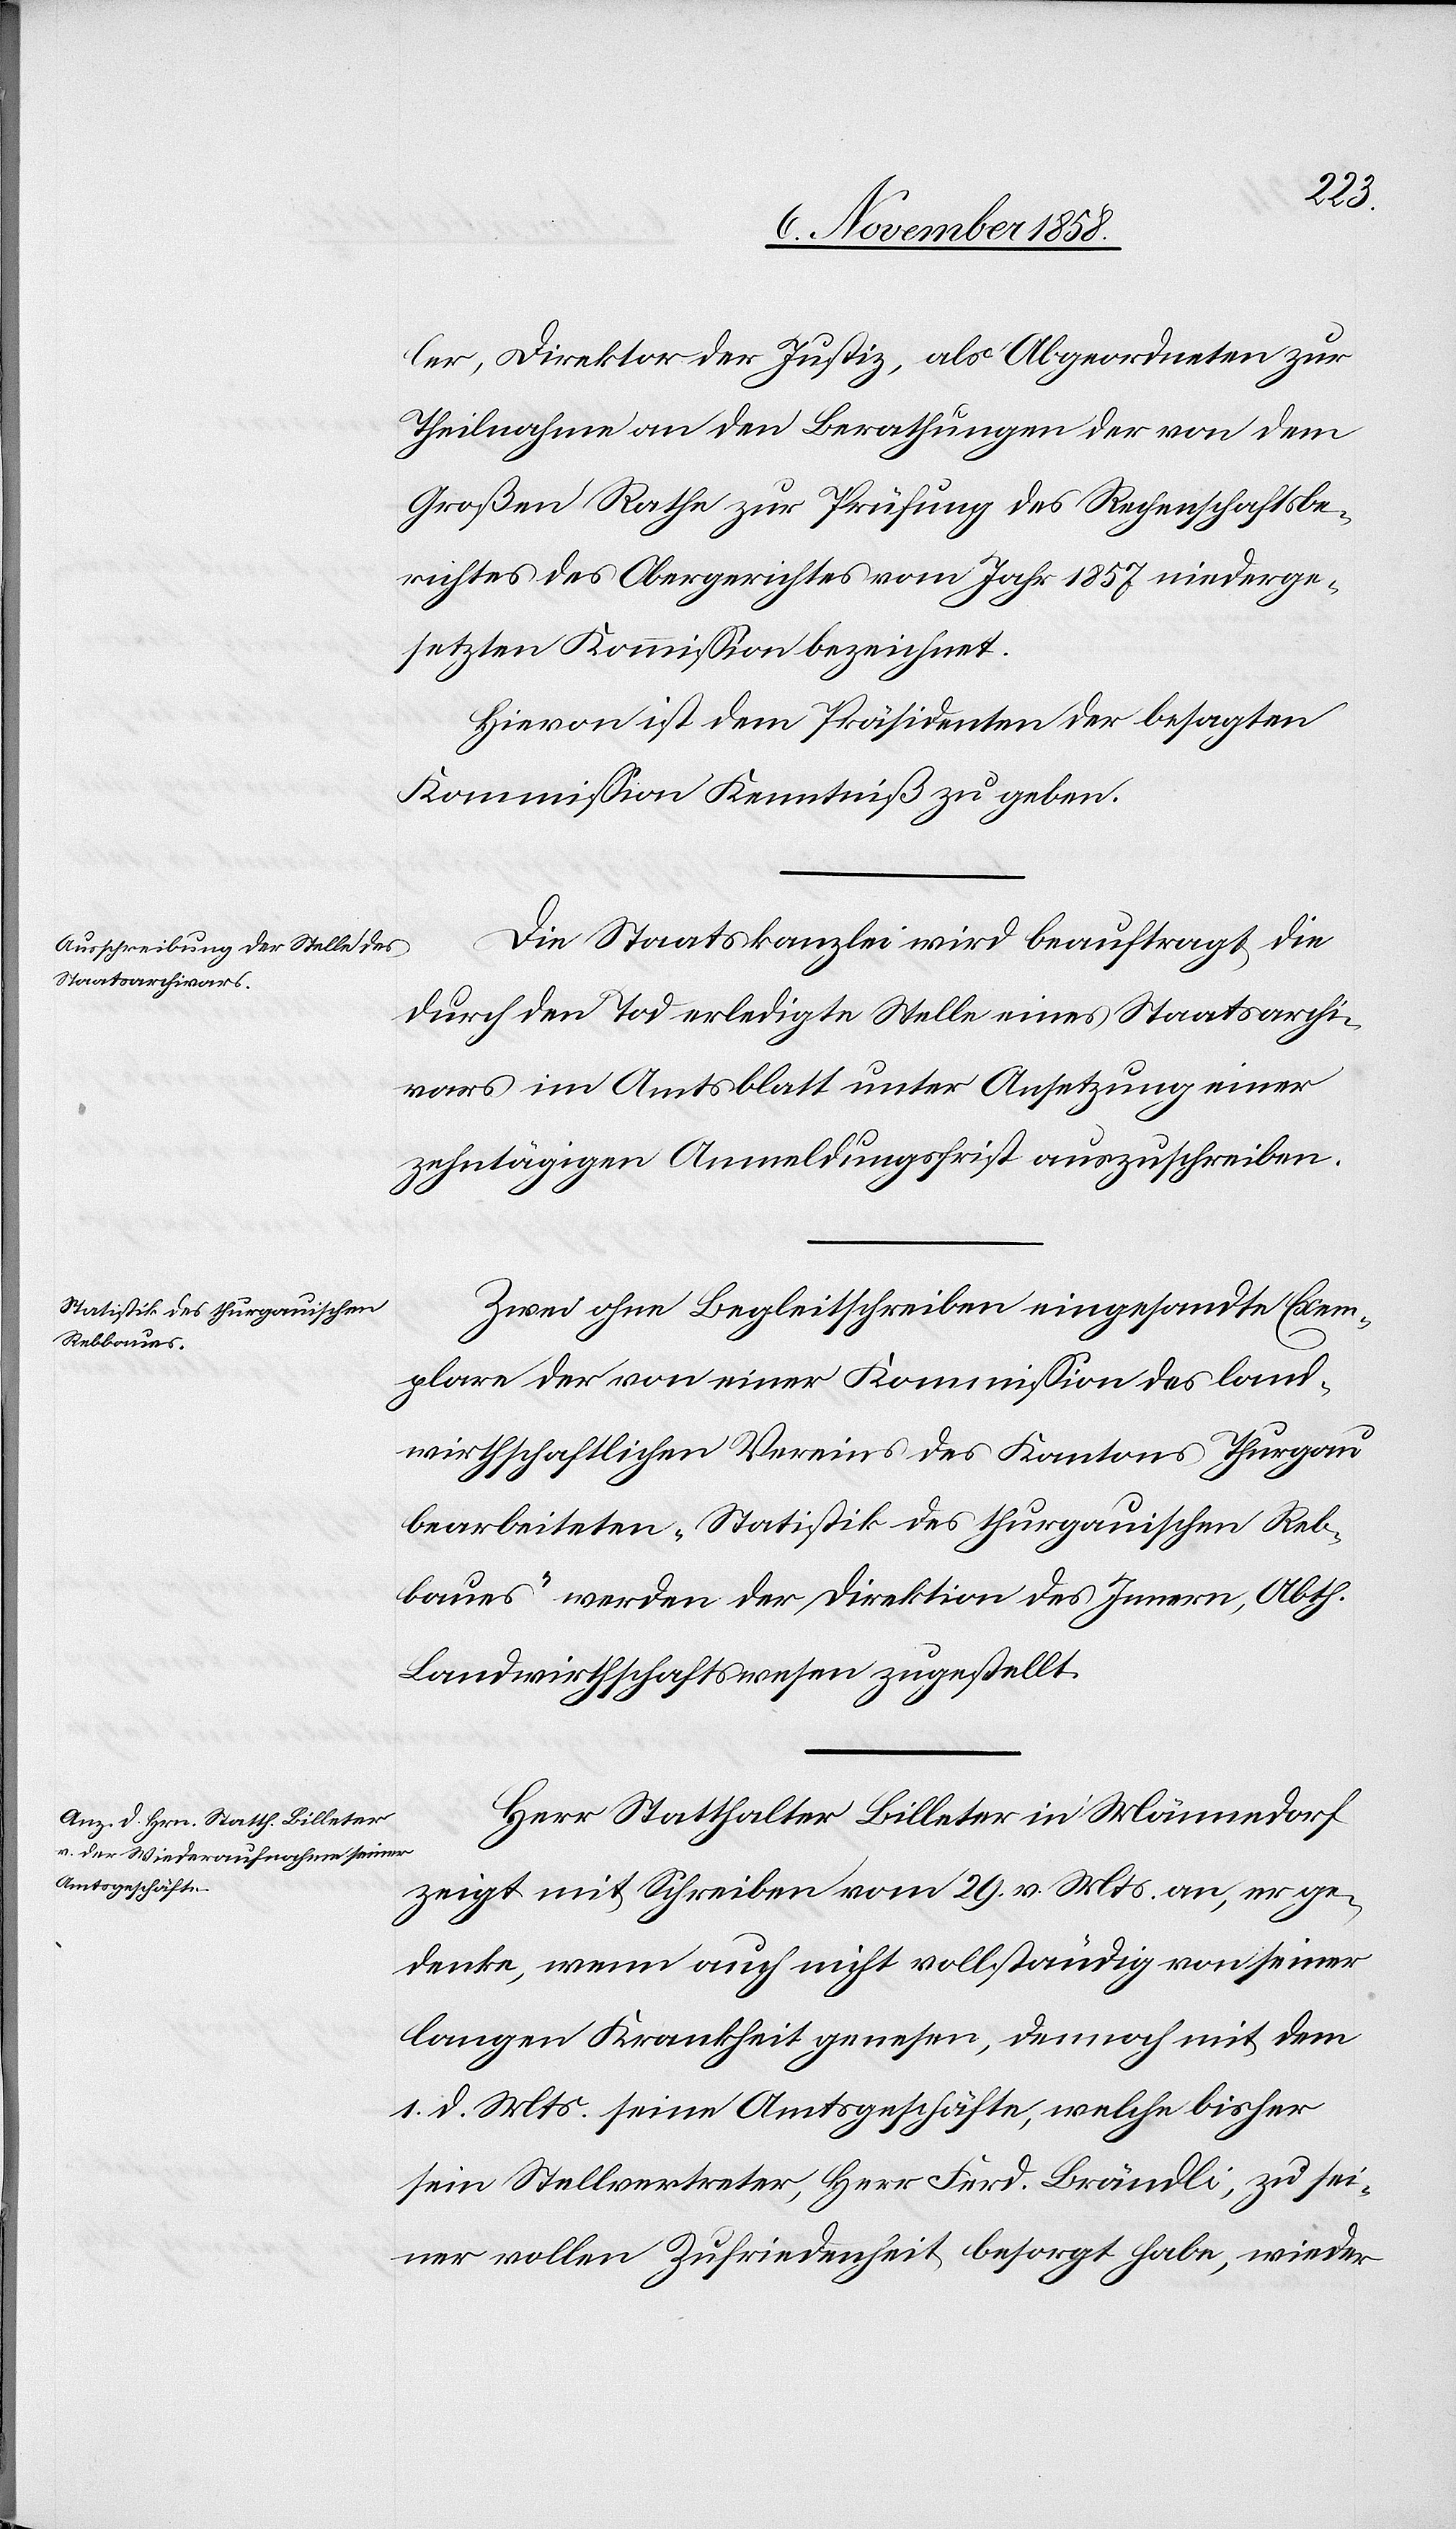
ler, Direktor der Justiz, als Abgeordneten zur
Theilnahme an den Berathungen der von dem
Großen Rathe zur Prüfung des Rechenschaftsbe¬
richtes des Obergerichtes vom Jahr 1857 niederge¬
setzten Kommission bezeichnet.
Hievon ist dem Präsidenten der besagten
Kommission Kenntniß zu geben.
Die Staatskanzlei wird beauftragt, die
durch den Tod erledigte Stelle eines Staatsarchi¬
vars im Amtsblatt unter Ansetzung einer
zehntägigen Anmeldungsfrist auszuschreiben.
Zwei ohne Begleitschreiben eingesandte Exem¬
plare der von einer Kommission des land¬
wirthschaftlichen Vereins des Kantons Thurgau
bearbeiteten „Statistik des thurgauischen Reb¬
baues“ werden der Direktion des Innern, Abth.
Landwirthschaftswesen zugestellt.
Herr Statthalter Billeter in Männedorf
zeigt mit Schreiben vom 29. v. Mts. an, er ge¬
denke, wenn auch nicht vollständig von seiner
langen Krankheit genesen, dennoch mit dem
1. d. Mts. seine Amtsgeschäfte, welche bisher
sein Stellvertreter, Herr Ferd. Brändli, zu sei¬
ner vollen Zufriedenheit besorgt habe, wieder